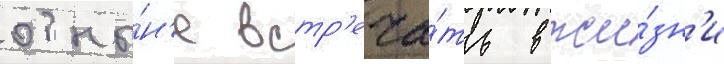
отны́н'е встр'еча́ть в жи́зн'и